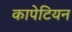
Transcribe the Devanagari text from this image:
कापेटियन